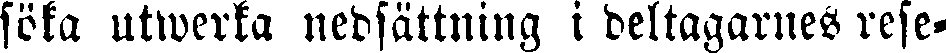
söka utwerka nedsättning i deltagarues rese-